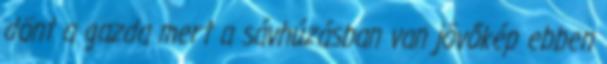
dönt a gazda mert a sávhúzásban van jövőkép ebben